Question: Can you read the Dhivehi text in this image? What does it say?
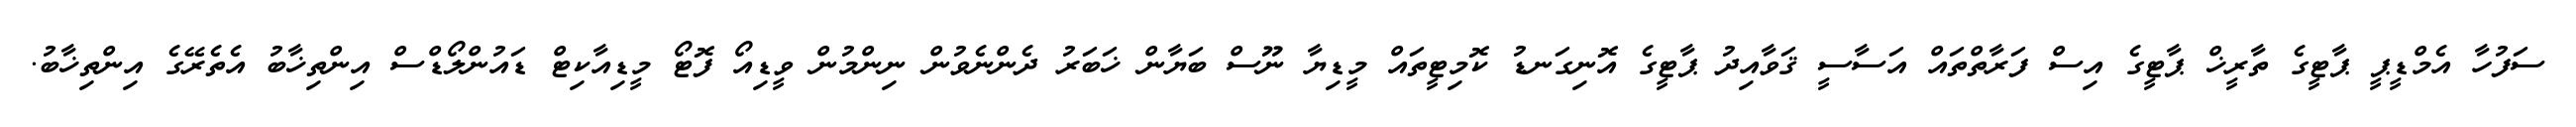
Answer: ސަފުހާ އެމްޑީޕީ ޕާޓީގެ ތާރީޚް ޕާޓީގެ އިސް ފަރާތްތައް އަސާސީ ޤަވާއިދު ޕާޓީގެ އޮނިގަނޑު ކޮމިޓީތައް މީޑިޔާ ނޫސް ބަޔާން ޚަބަރު ދެންނެވުން ނިންމުން ވީޑިއޯ ފޮޓޯ މީޑިއާކިޓް ޑައުންލޯޑްސް އިންތިޚާބު އެތެރޭގެ އިންތިޚާބު.